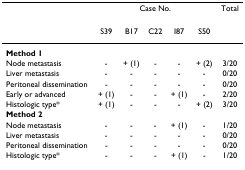
|  | <COLSPAN=5> Case No. | Total |
 |  | S39 | B17 | C22 | I87 | S50 |  |
 | --- | --- | --- | --- | --- | --- | --- |
 | Method 1 |  |  |  |  |  |  |
 | Node metastasis | - | + (1) | - | - | + (2) | 3/20 |
 | Liver metastasis | - | - | - | - | - | 0/20 |
 | Peritoneal dissemination | - | - | - | - | - | 0/20 |
 | Early or advanced | + (1) | - | - | + (1) | - | 2/20 |
 | Histologic type* | + (1) | - | - | - | + (2) | 3/20 |
 | Method 2 |  |  |  |  |  |  |
 | Node metastasis | - | - | - | + (1) | - | 1/20 |
 | Liver metastasis | - | - | - | - | - | 0/20 |
 | Peritoneal dissemination | - | - | - | - | - | 0/20 |
 | Histologic type* | - | - | - | + (1) | - | 1/20 |